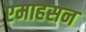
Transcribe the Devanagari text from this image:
एमाहसन